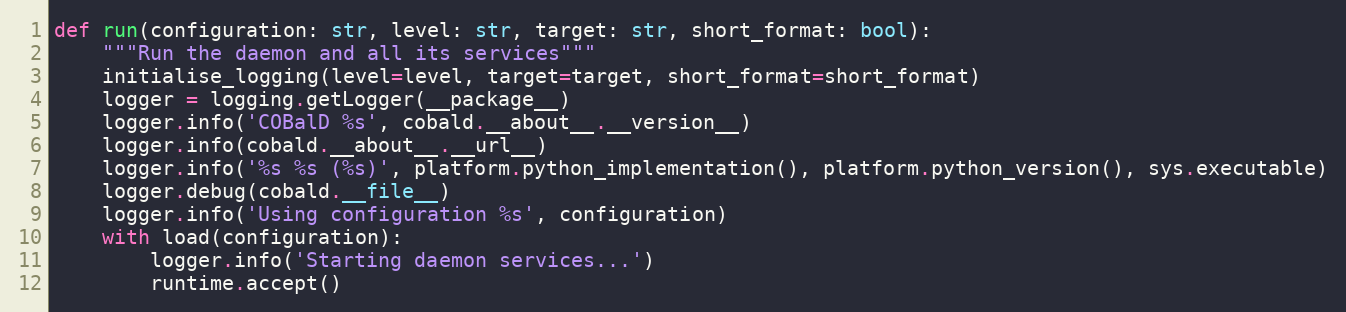
Language: Python
def run(configuration: str, level: str, target: str, short_format: bool):
    """Run the daemon and all its services"""
    initialise_logging(level=level, target=target, short_format=short_format)
    logger = logging.getLogger(__package__)
    logger.info('COBalD %s', cobald.__about__.__version__)
    logger.info(cobald.__about__.__url__)
    logger.info('%s %s (%s)', platform.python_implementation(), platform.python_version(), sys.executable)
    logger.debug(cobald.__file__)
    logger.info('Using configuration %s', configuration)
    with load(configuration):
        logger.info('Starting daemon services...')
        runtime.accept()